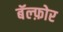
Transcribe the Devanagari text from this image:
बॅल्फ़ोर